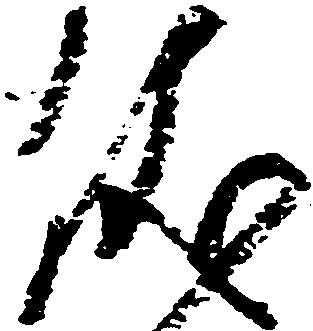
儀